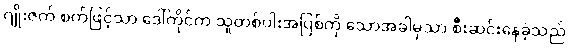
ဂျိုးဇက် စက်ဖြင့်သာ ဒေါ်ကိုင်က သူတစ်ပါးအပြစ်ကို သောအခါမှသာ စီးဆင်းနေခဲ့သည်